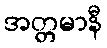
အတ္တမာနီ